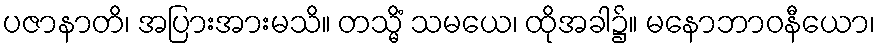
ပဇာနာတိ၊ အပြားအားမသိ။ တသ္မိံ သမယေ၊ ထိုအခါ၌။ မနောဘာဝနီယော၊